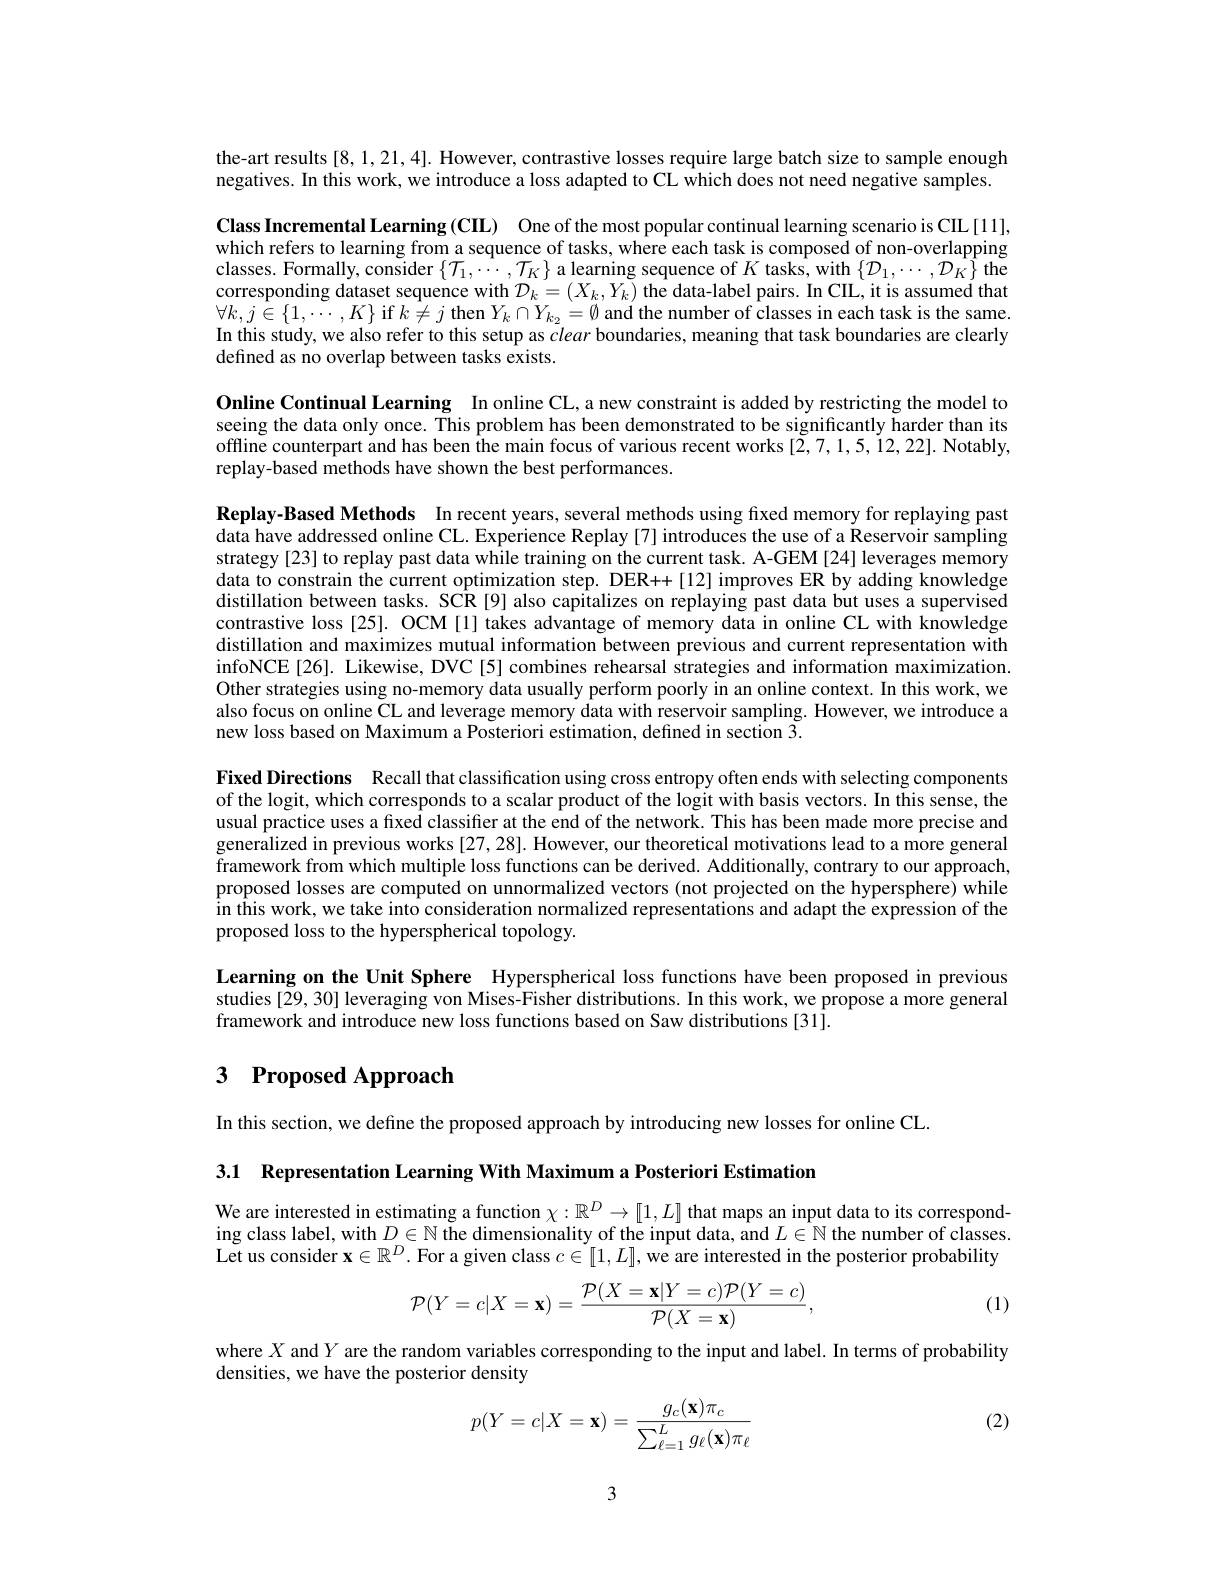
the-art results[8,1,21,4]. However, contrastive losses require large batch size to sample enough negatives. In this work, we introduce a loss adapted to CL which does not need negative samples

Class Incremental Learning (CIL) One of the most popular continual learning scenario is CIL [11]. which refers to learning from a sequence of tasks, where each task is composed of non-overlapping classes. Formally, consider $\{\mathcal{T}_1,\cdots,\mathcal{T}_K\}$ a learning sequence of $K$ tasks, with $\{\mathcal{D}_1,\cdots,\mathcal{D}_K\}$ the corresponding dataset sequence with $\mathcal{D}_k=(X_k,Y_k)$ the data-label pairs. In CIL, it is assumed that $\forall k,j\in\{1,\cdots,K\}$ if $k\neq j$ then $Y_k\cap Y_{k_2}=\emptyset$ and the number of classes in each task is the same In this study, we also refer to this setup as $\bar{c}lear$ boundaries, meaning that task boundaries are clearly defined as no overlap between tasks exists.

Online Continual Learning In online CL, a new constraint is added by restricting the model to seeing the data only once. This problem has been demonstrated to be significantly harder than its offline counterpart and has been the main focus of various recent works [2,7,1,5,12,22]. Notably, replay-based methods have shown the best performances.

Replay-Based Methods In recent years, several methods using fixed memory for replaying past data have addressed online CL. Experience Replay [7] introduces the use of a Reservoir sampling strategy [23] to replay past data while training on the current task. A-GEM[24] leverages memory data to constrain the current optimization step. DER++[12] improves ER by adding knowledge distillation between tasks. SCR[9] also capitalizes on replaying past data but uses a supervised contrastive loss [25]. OCM [1] takes advantage of memory data in online CL with knowledge distillation and maximizes mutual information between previous and current representation with infoNCE[26]. Likewise, DVC[5] combines rehearsal strategies and information maximization Other strategies using no-memory data usually perform poorly in an online context. In this work, we also focus on online CL and leverage memory data with reservoir sampling. However, we introduce a new loss based on Maximum a Posteriori estimation, defined in section 3.

Fixed Directions Recall that classification using cross entropy often ends with selecting components of the logit, which corresponds to a scalar product of the logit with basis vectors. In this sense, the usual practice uses a fixed classifier at the end of the network. This has been made more precise and generalized in previous works [27, 28]. However, our theoretical motivations lead to a more general framework from which multiple loss functions can be derived. Additionally, contrary to our approach, proposed losses are computed on unnormalized vectors (not projected on the hypersphere) while in this work, we take into consideration normalized representations and adapt the expression of the proposed loss to the hyperspherical topology.

Learning on the Unit Sphere Hyperspherical loss functions have been proposed in previous studies [29, 30] leveraging von Mises-Fisher distributions. In this work, we propose a more general framework and introduce new loss functions based on Saw distributions [31].

# 3 Proposed Approach

In this section, we define the proposed approach by introducing new losses for online CL.

3.1 Representation Learning With Maximum a Posteriori Estimation

We are interested in estimating a function $\chi:\mathbb{R}^D\to[1,L]$ that maps an input data to its corresponding class label, with $D\in\mathbb{N}$ the dimensionality of the input data, and $L\in\hat{\mathbb{N}}$ the number of classes Let us consider $\mathbf{x}\in\mathbb{R}^D.$ For a given class $c\in[1,L]$, we are interested in the posterior probability
$$\mathcal{P}(Y=c|X=\mathbf{x})=\frac{\mathcal{P}(X=\mathbf{x}|Y=c)\mathcal{P}(Y=c)}{\mathcal{P}(X=\mathbf{x})},$$
(1)

where $X$ and $Y$ are the random variables corresponding to the input and label. In terms of probability
densities, we have the posterior density
$$p(Y=c|X=\mathbf{x})=\frac{g_c(\mathbf{x})\pi_c}{\sum_{\ell=1}^Lg_\ell(\mathbf{x})\pi_\ell}$$
(2)

3